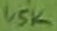
Text: 1,5K